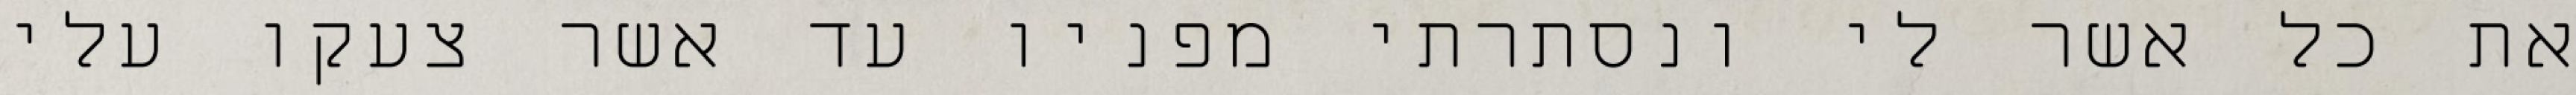
את כל אשר לי ונסתרתי מפניו עד אשר צעקו עלי